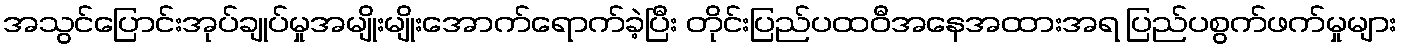
အသွင်ပြောင်းအုပ်ချုပ်မှုအမျိုးမျိုးအောက်ရောက်ခဲ့ပြီး တိုင်းပြည်ပထဝီအနေအထားအရ ပြည်ပစွက်ဖက်မှုများ